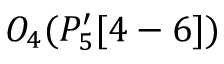
O _ { 4 } ( P _ { 5 } ^ { \prime } [ 4 - 6 ] )